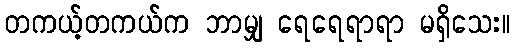
တကယ့်တကယ်က ဘာမျှ ရေရေရာရာ မရှိသေး။